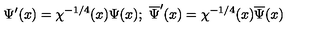
\Psi ^ { \prime } ( x ) = \chi ^ { - 1 / 4 } ( x ) \Psi ( x ) ; \ \overline { { \Psi } } ^ { \prime } ( x ) = \chi ^ { - 1 / 4 } ( x ) \overline { { \Psi } } ( x )